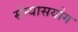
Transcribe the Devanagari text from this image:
संन्यासयोग